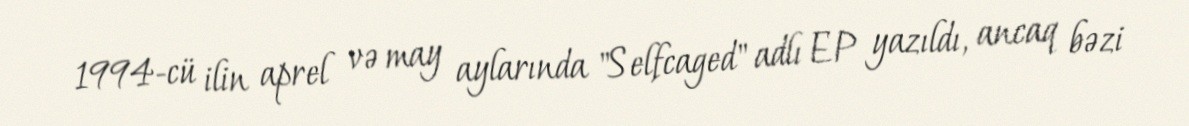
1994-cü ilin aprel və may aylarında "Selfcaged" adlı EP yazıldı, ancaq bəzi